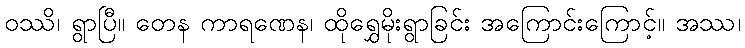
ဝဿိ၊ ရွာပြီ။ တေန ကာရဏေန၊ ထိုရွှေမိုးရွာခြင်း အကြောင်းကြောင့်။ အဿ၊